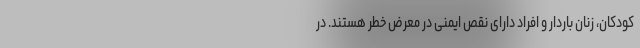
کودکان، زنان باردار و افراد دارای نقص ایمنی در معرض خطر هستند. در